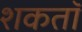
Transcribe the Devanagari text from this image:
शकतॉ